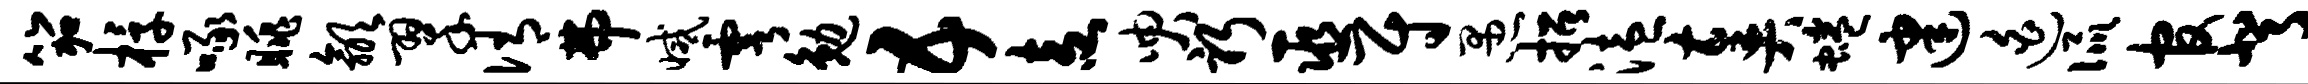
笳椁啄眺歙翠侑弗减雩勉五盍臾躬巫尉愚招溘奏蜷建迫侃官背